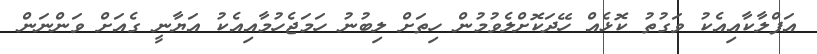
އަފްލާކާއިއެކު ވަގުތު ކޮޅެއް ހޭދަކޮށްލެވުމުން ހިތަށް ލިބުނު ހަމަޖެހުމާއިއެކު އަޔާނީ ގެއަށް ވަންނަން